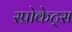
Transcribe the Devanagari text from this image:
स्प्रोकेट्स